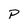
Character: p